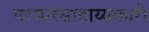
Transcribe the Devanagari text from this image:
परस्परसाहाय्यकारी